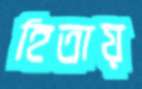
হিতায়